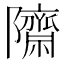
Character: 𮥱